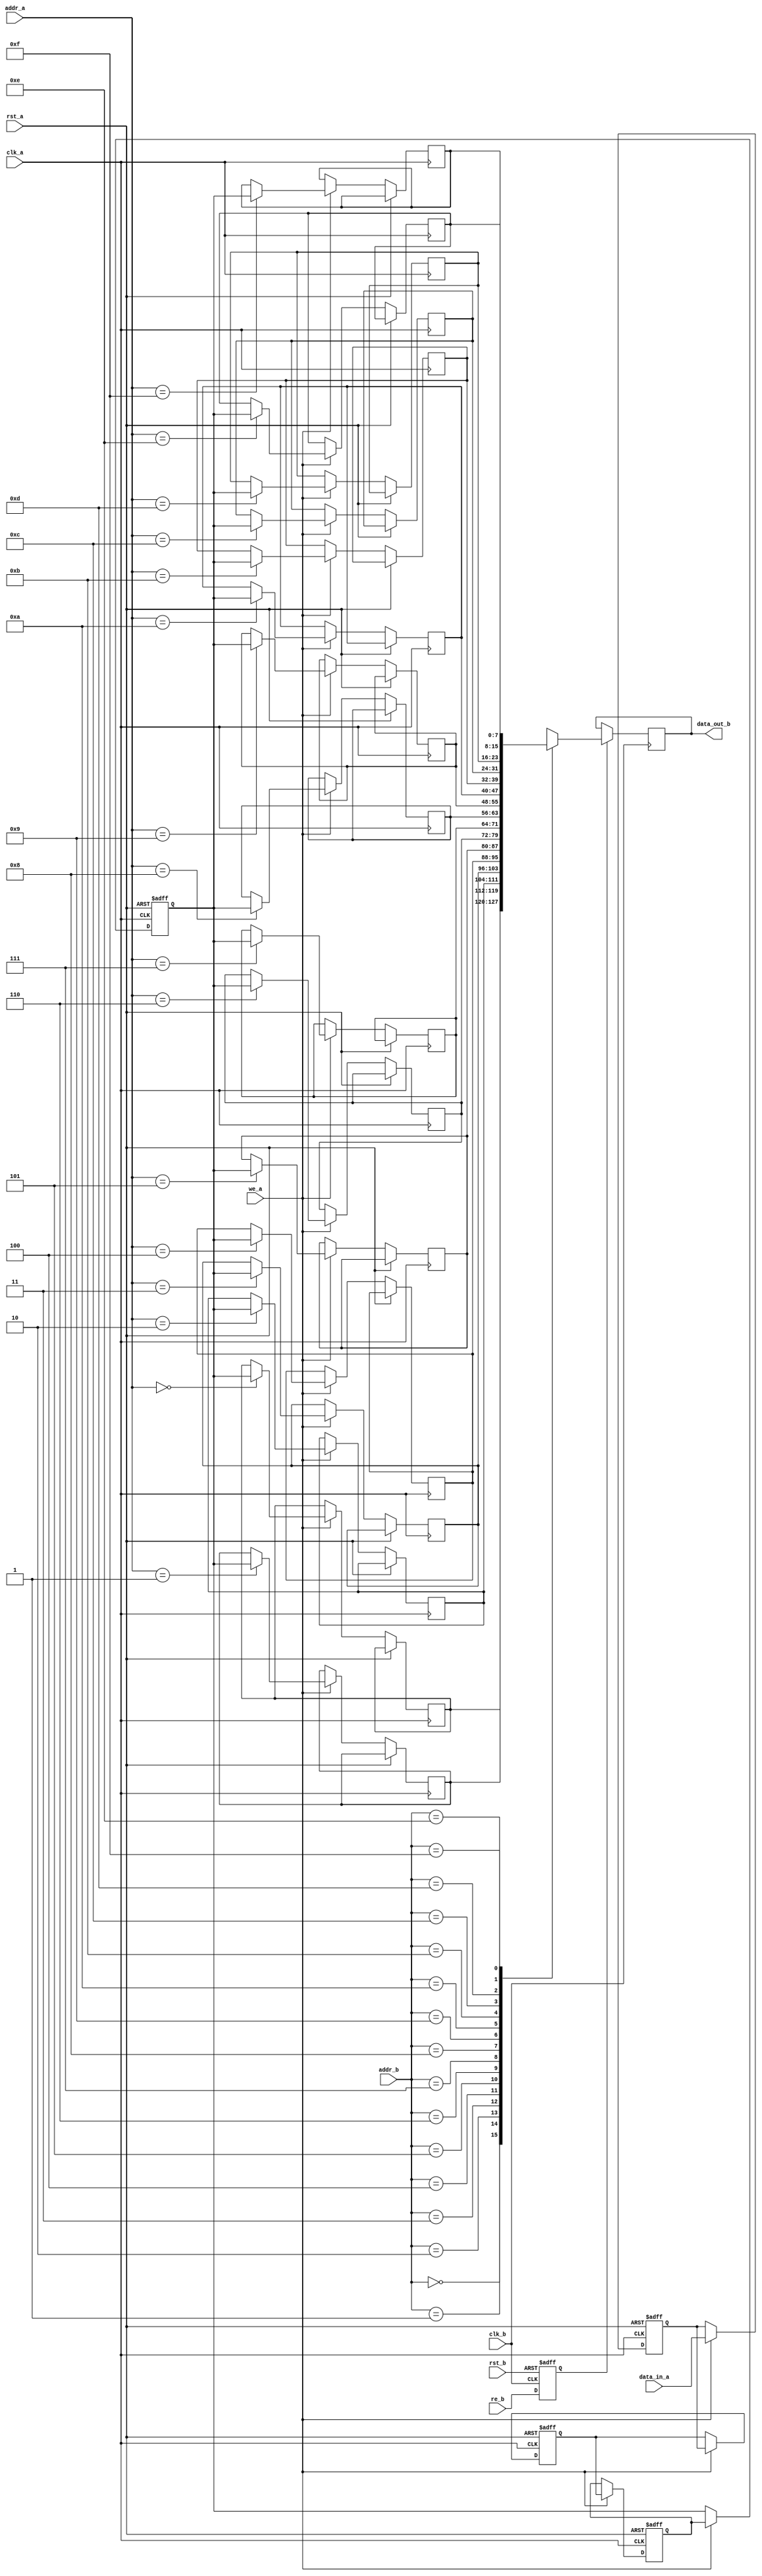
module MemoryBlock (
    input wire clk_a,           // Clock for domain A
    input wire clk_b,           // Clock for domain B
    input wire rst_a,           // Reset for domain A
    input wire rst_b,           // Reset for domain B
    input wire we_a,            // Write enable for writing into memory block
    input wire [7:0] data_in_a, // Data input for writing into memory block
    input wire [3:0] addr_a,    // Address for writing into memory block
    input wire re_b,            // Read enable for reading from memory block
    input wire [3:0] addr_b,    // Address for reading from memory block
    output reg [7:0] data_out_b  // Data output from memory block
);

    // Memory block instantiation (e.g., 16 x 8 RAM)
    reg [7:0] memory [0:15];

    // Safe Delay Line Implementation
    reg [7:0] delay_line [0:3]; // 4-stage delay line for data
    reg [3:0] addr_delay [0:3]; // 4-stage delay line for address
    reg re_b_delayed;            // Delayed read enable signal

    // Safe Delay Line logic for writing
    always @(posedge clk_a or posedge rst_a) begin
        if (rst_a) begin
            delay_line[0] <= 8'b0;
            delay_line[1] <= 8'b0;
            delay_line[2] <= 8'b0;
            delay_line[3] <= 8'b0;
        end else begin
            if (we_a) begin
                delay_line[0] <= data_in_a;
                delay_line[1] <= delay_line[0];
                delay_line[2] <= delay_line[1];
                delay_line[3] <= delay_line[2];
            end
        end
    end

    // Address delay line
    always @(posedge clk_a or posedge rst_a) begin
        if (rst_a) begin
            addr_delay[0] <= 4'b0000;
            addr_delay[1] <= 4'b0000;
            addr_delay[2] <= 4'b0000;
            addr_delay[3] <= 4'b0000;
        end else begin
            if (we_a) begin
                addr_delay[0] <= addr_a;
                addr_delay[1] <= addr_delay[0];
                addr_delay[2] <= addr_delay[1];
                addr_delay[3] <= addr_delay[2];
            end
        end
    end

    // Synchronization Logic for read enable
    always @(posedge clk_b or posedge rst_b) begin
        if (rst_b) begin
            re_b_delayed <= 1'b0;
        end else begin
            re_b_delayed <= re_b; // Synchronizes read enable signal
        end
    end

    // Memory block write process
    always @(posedge clk_a or posedge rst_a) begin
        if (rst_a) begin
            // Memory reset logic can be added here if needed
        end else begin
            if (we_a) begin
                memory[addr_a] <= delay_line[3]; // Write delayed data to memory
            end
        end
    end

    // Memory block read process
    always @(posedge clk_b) begin
        if (re_b_delayed) begin
            data_out_b <= memory[addr_b]; // Read output from memory
        end
    end

endmodule